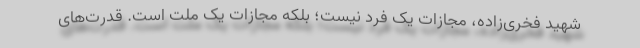
شهید فخری‌زاده، مجازات یک فرد نیست؛ بلکه مجازات یک ملت است. قدرت‌های